Indian journal of veterinary science and animal husbandry - Volumes 22-23, 1952-1953
Year: 1952
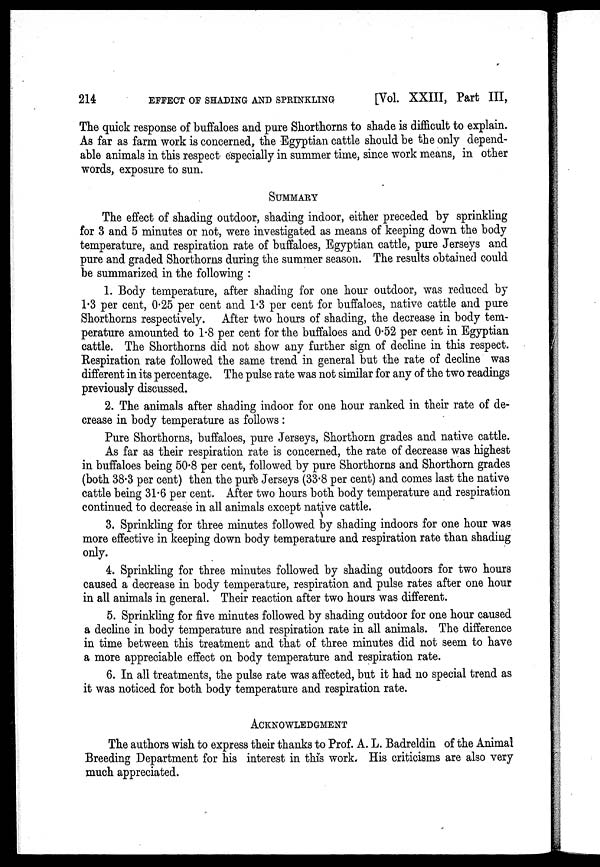
214
EFFECT OF SHADING AND SPRINKLING
[Vol. XXIII, Part III,
The quick response of buffaloes and pure Shorthorns to shade is difficult to explain.
As far as farm work is concerned, the Egyptian cattle should be the only depend-
able animals in this respect especially in summer time, since work means, in other
words, exposure to sun.
SUMMARY
The effect of shading outdoor, shading indoor, either preceded by sprinkling
for 3 and 5 minutes or not, were investigated as means of keeping down the body
temperature, and respiration rate of buffaloes, Egyptian cattle, pure Jerseys and
pure and graded Shorthorns during the summer season. The results obtained could
be summarized in the following :
1. Body temperature, after shading for one hour outdoor, was reduced by
1.3 per cent, 0.25 per cent and 1.3 per cent for buffaloes, native cattle and pure
Shorthorns respectively. After two hours of shading, the decrease in body tem-
perature amounted to 1.8 per cent for the buffaloes and 0.52 per cent in Egyptian
cattle. The Shorthorns did not show any further sign of decline in this respect.
Respiration rate followed the same trend in general but the rate of decline was
different in its percentage. The pulse rate was not similar for any of the two readings
previously discussed.
2. The animals after shading indoor for one hour ranked in their rate of de-
crease in body temperature as follows :
Pure Shorthorns, buffaloes, pure Jerseys, Shorthorn grades and native cattle.
As far as their respiration rate is concerned, the rate of decrease was highest
in buffaloes being 50.8 per cent, followed by pure Shorthorns and Shorthorn grades
(both 38.3 per cent) then the pure Jerseys (33.8 per cent) and comes last the native
cattle being 31.6 per cent. After two hours both body temperature and respiration
continued to decrease in all animals except native cattle.
3. Sprinkling for three minutes followed by shading indoors for one hour was
more effective in keeping down body temperature and respiration rate than shading
only.
4. Sprinkling for three minutes followed by shading outdoors for two hours
caused a decrease in body temperature, respiration and pulse rates after one hour
in all animals in general. Their reaction after two hours was different.
5. Sprinkling for five minutes followed by shading outdoor for one hour caused
a decline in body temperature and respiration rate in all animals. The difference
in time between this treatment and that of three minutes did not seem to have
a more appreciable effect on body temperature and respiration rate.
6. In all treatments, the pulse rate was affected, but it had no special trend as
it was noticed for both body temperature and respiration rate.
ACKNOWLEDGMENT
The authors wish to express their thanks to Prof. A. L. Badreldin of the Animal
Breeding Department for his interest in this work. His criticisms are also very
much appreciated.